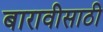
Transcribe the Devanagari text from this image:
बारावीसाठी